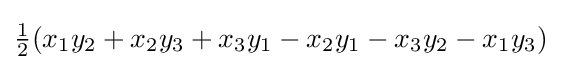
{\tfrac {1}{2}}(x_{1}y_{2}+x_{2}y_{3}+x_{3}y_{1}-x_{2}y_{1}-x_{3}y_{2}-x_{1}y_{3})